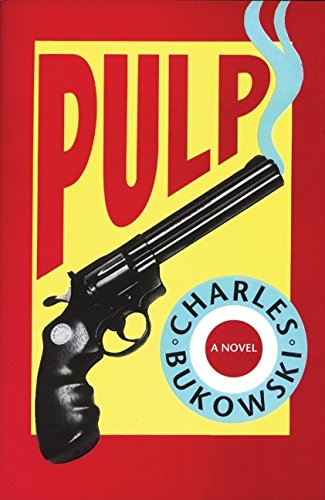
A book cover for Pulp; Charles Bukowski; Mystery, Thriller & Suspense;